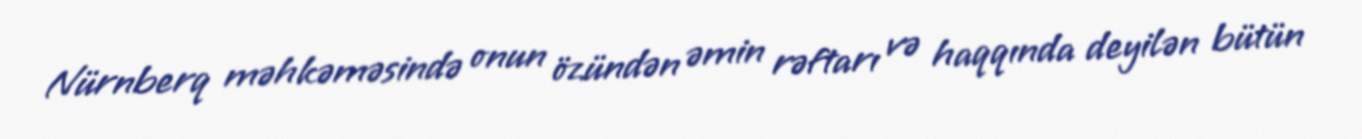
Nürnberq məhkəməsində onun özündən əmin rəftarı və haqqında deyilən bütün